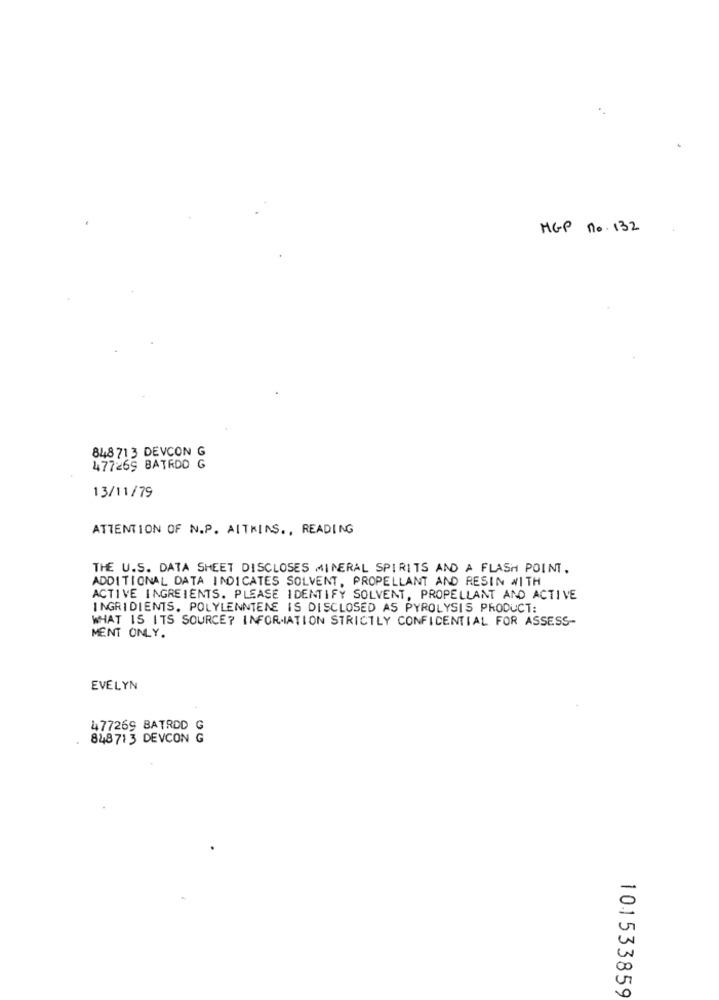
HGP no. 132
848 713 DEVCON G
477265 BATRDD G
13/11/79
ATTENTION OF N.P. AITKINS ., READING
THE U.S. DATA SHEET DISCLOSES MINERAL SPIRITS AND A FLASH POINT.
ADDITIONAL DATA INDICATES SOLVENT, PROPELLANT AND RESIN #1TH
ACTIVE INGREIENTS. PLEASE IDENTIFY SOLVENT, PROPELLANT AND ACTIVE
INGRIDIENTS. POLYLENNTENE IS DISCLOSED AS PYROLYSIS PRODUCT:
WHAT IS ITS SOURCE? INFORMATION STRICTLY CONFIDENTIAL FOR ASSESS-
MENT ONLY .
EVELYN
477269 BATRDD G
848713 DEVCON G
101533859